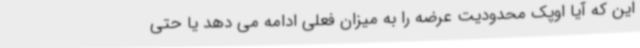
این که آیا اوپک محدودیت عرضه را به میزان فعلی ادامه می دهد یا حتی